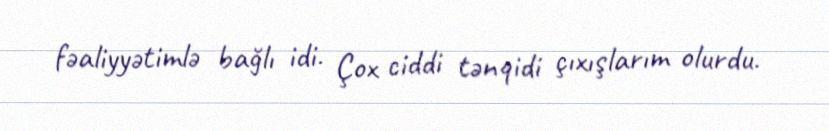
fəaliyyətimlə bağlı idi. Çox ciddi tənqidi çıxışlarım olurdu.